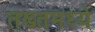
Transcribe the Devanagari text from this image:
तख्तमध्ये